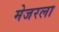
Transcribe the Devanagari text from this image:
मेजरला